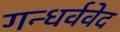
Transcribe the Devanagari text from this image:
गन्धर्ववेद